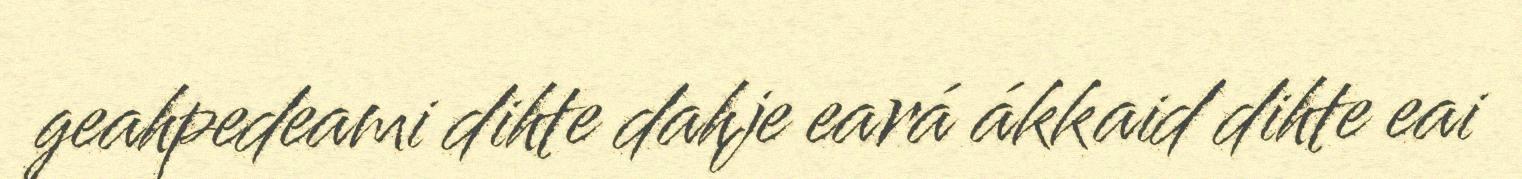
geahpedeami dihte dahje eará ákkaid dihte eai